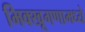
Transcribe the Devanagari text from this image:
भिक्खूगणामध्ये